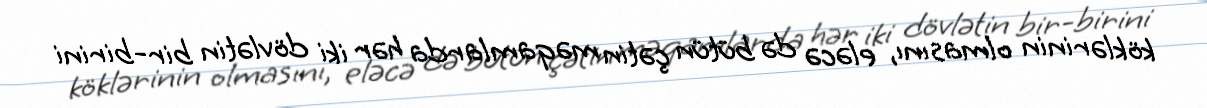
köklərinin olmasını, eləcə də bütün çətin məqamlarda hər iki dövlətin bir-birini